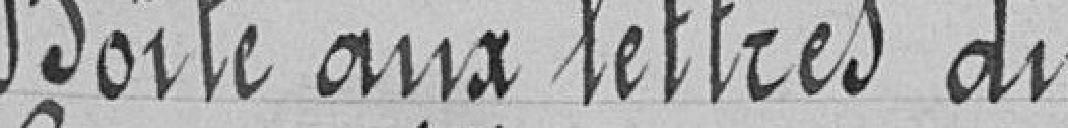
Boite aux lettres du